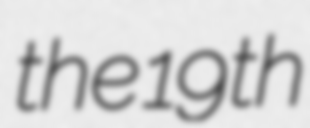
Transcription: the 19th